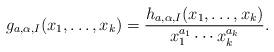
LaTeX: \begin{align*} g_{a, \alpha, I}(x_1, \ldots, x_k) = \frac{h_{a, \alpha, I}(x_1, \ldots, x_k)}{x_1^{a_1} \cdots x_k^{a_k}}. \end{align*}